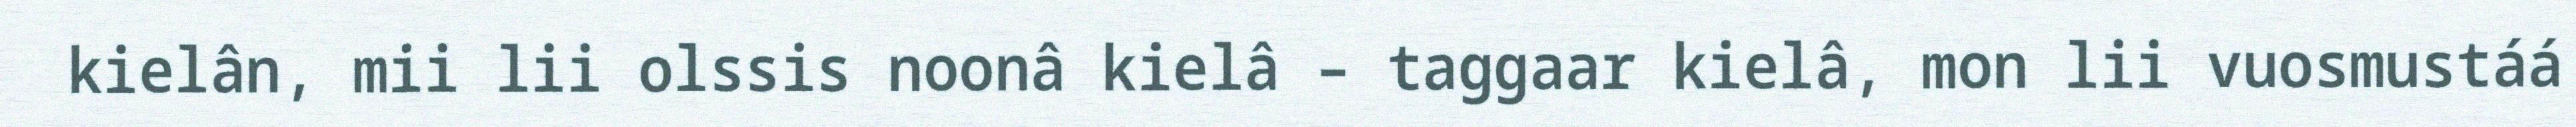
kielân, mii lii olssis noonâ kielâ – taggaar kielâ, mon lii vuosmustáá